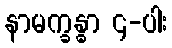
နာမက္ခန္ဓာ ၄-ပါး